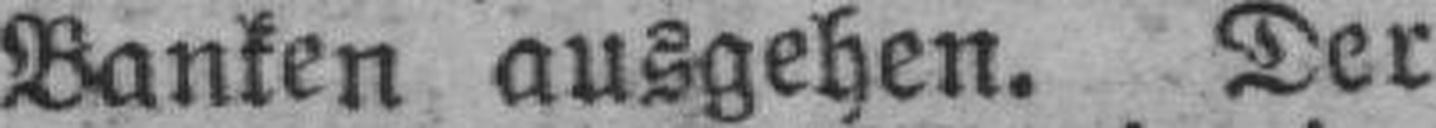
Banken ausgehen. Der